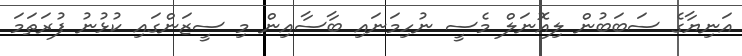
އަނިޔާގެ ސަބަބުން ލިއޮނަލް މެސީ ނުހިމަނައި ބާސާއިން މި ސީޒަންގައި ކުޅުނު ފުރަތަމަ